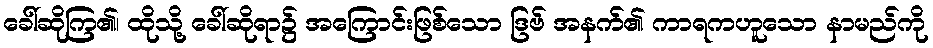
ခေါ်ဆိုကြ၏၊ ထိုသို့ ခေါ်ဆိုရာ၌ အကြောင်းဖြစ်သော ဒြဗ် အနက်၏ ကာရကဟူသော နာမည်ကို